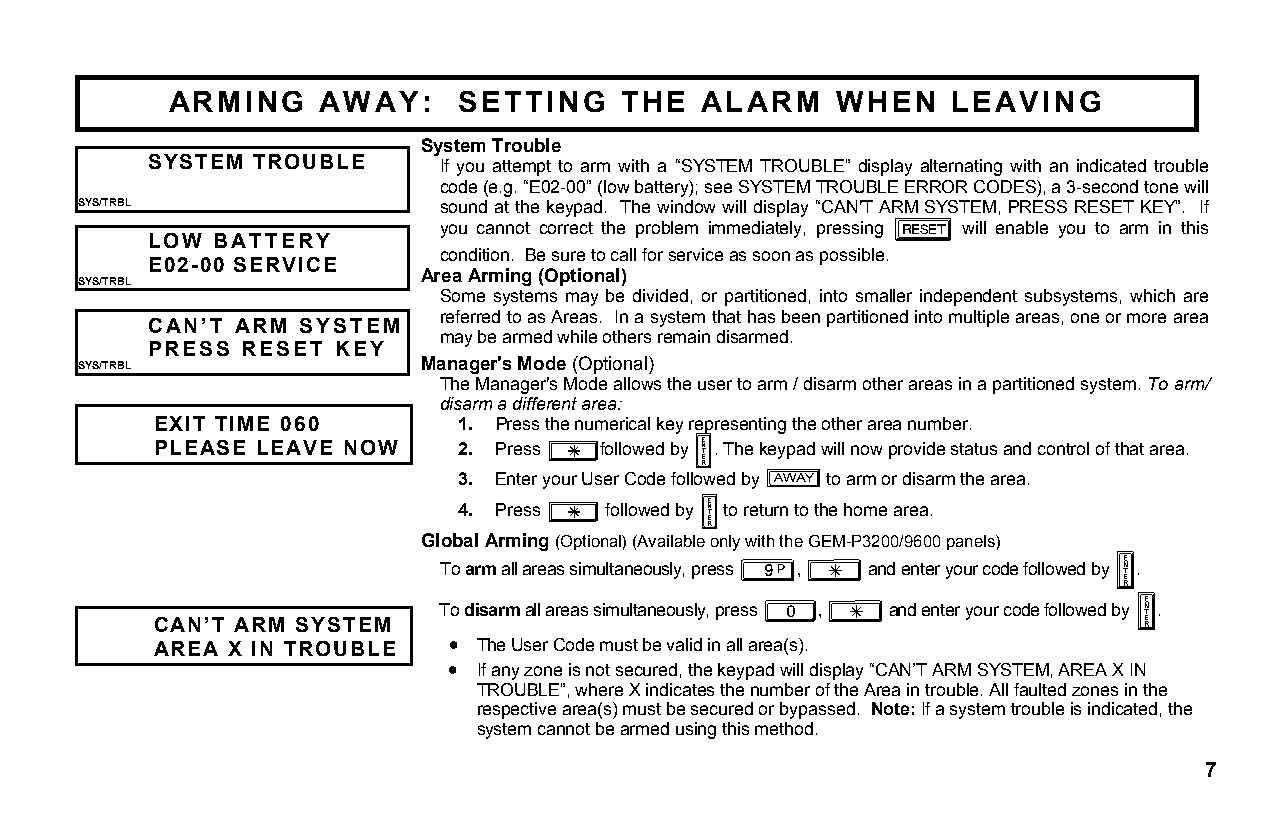
ARMING    AWAY:    SETTING    THE  ALARM    WHEN   LEAVING
 System Trouble
 SYSTEM TROUBLE      If you attempt to arm with a “SYSTEM TROUBLE” display alternating with an indicated trouble
 code (e.g. “E02-00” (low battery); see SYSTEM TROUBLE ERROR CODES), a 3-second tone will
 SYS/TRBL                sound at the keypad. The window will display “CAN'T ARM SYSTEM, PRESS RESET KEY”. If
 you cannot correct the problem immediately, pressing will enable you to arm in this
 LOW  BATTERY                                      C
 condition. Be sure to call for service as soon as possible.
 E02-00 SERVICE
 Area Arming (Optional)
 SYS/TRBL
 Some systems may be divided, or partitioned, into smaller independent subsystems, which are
 referred to as Areas. In a system that has been partitioned into multiple areas, one or more area
 CAN’T ARM SYSTEM
 may be armed while others remain disarmed.
 SYS/TRBL
 PRESS RESET  KEY
 Manager's Mode (Optional)
 The Manager's Mode allows the user to arm / disarm other areas in a partitioned system. To arm/
 disarm a different area:
 EXIT TIME 060       1. Press the numerical key representing the other area number.
 PLEASE LEAVE NOW    2. Press Gfollowed by U. The keypad will now provide status and control of that area.
 3. Enter your User Code followed by to arm or disarm the area.
 Q
 4. Press G followed by U to return to the home area.
 Global Arming (Optional) (Available only with the GEM-P3200/9600 panels)
 To arm all areas simultaneously, press 9,
 G
 and enter your code followed by U.
 CAN’T ARM SYSTEM
 To disarm all areas simultaneously, press 0,
 G
 and enter your code followed by U.
 AREA X IN TROUBLE  • The User Code must be valid in all area(s).
 • If any zone is not secured, the keypad will display “CAN’T ARM SYSTEM, AREA X IN
 TROUBLE”, where X indicates the number of the Area in trouble. All faulted zones in the
 respective area(s) must be secured or bypassed. Note: If a system trouble is indicated, the
 system cannot be armed using this method.
 7